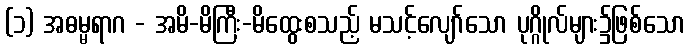
(၁) အဓမ္မရာဂ - အမိ-မိကြီး-မိထွေးစသည့် မသင့်လျော်သော ပုဂ္ဂိုလ်များ၌ဖြစ်သော